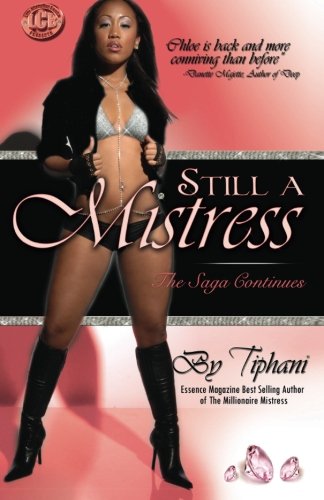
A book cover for Still a Mistress: The Saga Continues (The Millionaire Mistress Series); Tiphani Montgomery; Romance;